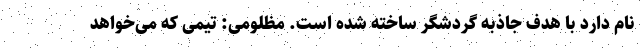
نام دارد با هدف جاذبه گردشگر ساخته شده است. مظلومی: تیمی که می‌خواهد